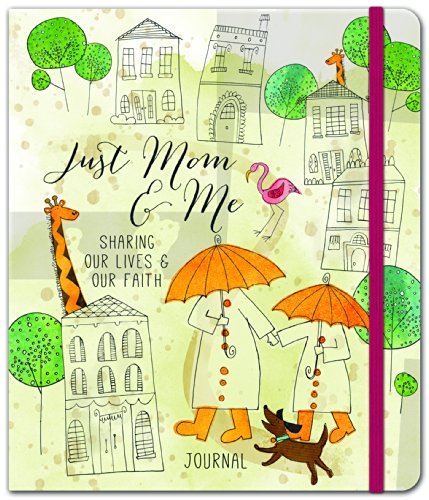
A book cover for Just Mom & Me- Legacy: A Journal of Fun Stuff for the Two of Us; Ellie Claire; Self-Help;